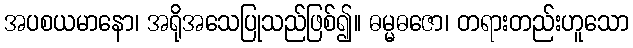
အပစယမာနော၊ အရိုအသေပြုသည်ဖြစ်၍။ ဓမ္မဓဇော၊ တရားတည်းဟူသော